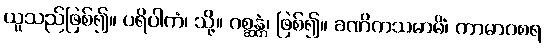
ယူသည်ဖြစ်၍။ ပရိပါကံ၊ သို့။ ဂစ္ဆန္တံ၊ ဖြစ်၍။ ခဏိကသမာဓိံ၊ ကာမာဝစရ